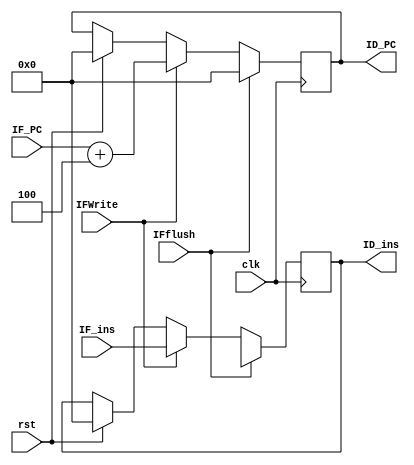
module IF_ID (clk, rst, IFflush, IFWrite,
    IF_PC, IF_ins, 
    ID_PC, ID_ins);
    
    input clk;
    input rst;
    input IFflush;
    input IFWrite;

    input  [31:0] IF_PC;
    input  [31:0] IF_ins;
    
    output reg [31:0] ID_PC;
    output reg [31:0] ID_ins;

    always  @(negedge clk) begin
        if (rst)
            begin
                ID_PC = 32'b0;
                ID_ins = 32'b0;
            end
        
        if(IFWrite)
            begin
                ID_ins <= IF_ins;
                ID_PC <= IF_PC + 4; //PC+4
            end

        if(IFflush)
            begin
                ID_ins <= 32'bx;
                ID_PC <= 32'b0;
            end
    end
// initial
    //     begin
    //       $display("if_id");
    //     end

endmodule //IF_ID